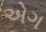
એગ